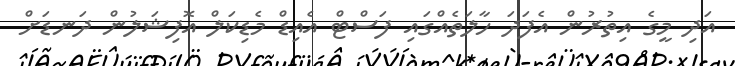
އަދި މީގެ އިތުރުން އެފަދަ ހާލަތެއްގައި ފަސްޓް އެއިޑް މެޑިކަލް އޮފިޝަލުން ދަނޑަށް